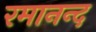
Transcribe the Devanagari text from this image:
रमानन्द